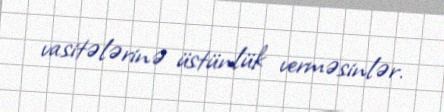
vasitələrinə üstünlük verməsinlər.